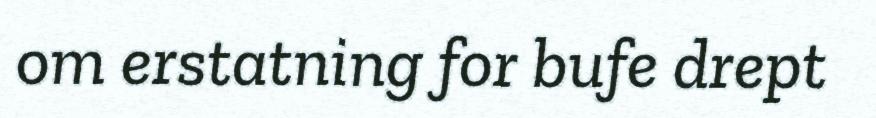
om erstatning for bufe drept